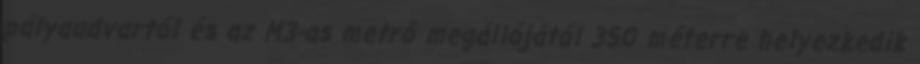
pályaudvartól és az M3-as metró megállójától 350 méterre helyezkedik